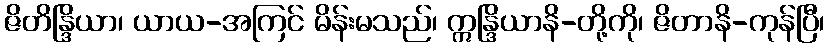
ဇိတိန္ဒြိယာ၊ ယာယ-အကြင် မိန်းမသည်၊ ဣန္ဒြိယာနိ-တို့ကို၊ ဇိတာနိ-ကုန်ပြီ၊